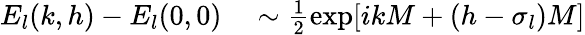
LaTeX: \begin{array}{rl}{E_{l}(k,h)-E_{l}(0,0)}&{{}\sim\frac{1}{2}\exp[ikM+(h-\sigma_{l})M]}\end{array}